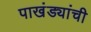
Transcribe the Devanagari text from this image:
पाखंड्यांची